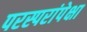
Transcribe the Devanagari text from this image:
परस्परांपेक्षा